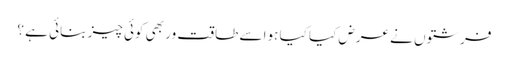
فرشتوں نے عرض کیا کیا ہوا سے طاقت ور بھی کوئی چیز بنائی ہے ؟